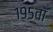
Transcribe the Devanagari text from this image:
१९५वॉ